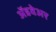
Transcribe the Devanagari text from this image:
अॅडवेअर